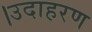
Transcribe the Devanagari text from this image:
।उदाहरण